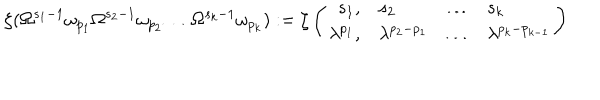
LaTeX: \zeta ( \Omega ^ { s _ { 1 } - 1 } \omega _ { p _ { 1 } } \Omega ^ { s _ { 2 } - 1 } \omega _ { p _ { 2 } } \ldots \Omega ^ { s _ { k } - 1 } \omega _ { p _ { k } } ) : = \zeta \left( \begin{array} { r l c l } { { s _ { 1 } , } } & { { s _ { 2 } } } & { { \ldots } } & { { s _ { k } } } \\ { { \lambda ^ { p _ { 1 } } , } } & { { \lambda ^ { p _ { 2 } - p _ { 1 } } } } & { { \ldots } } & { { \lambda ^ { p _ { k } - p _ { k - 1 } } } } \\ \end{array} \right)